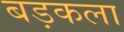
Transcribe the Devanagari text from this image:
बड़कला